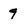
Character: q